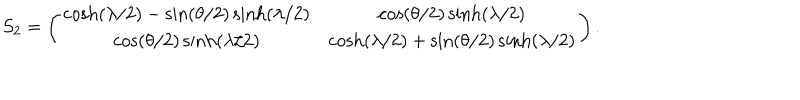
LaTeX: S _ { 2 } = \left( \begin{matrix} { { \cosh ( \lambda / 2 ) - \sin ( \theta / 2 ) \sinh ( \lambda / 2 ) } } & { { \cos ( \theta / 2 ) \sinh ( \lambda / 2 ) } } \\ { { \cos ( \theta / 2 ) \sinh ( \lambda / 2 ) } } & { { \cosh ( \lambda / 2 ) + \sin ( \theta / 2 ) \sinh ( \lambda / 2 ) } } \\ \end{matrix} \right) .